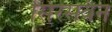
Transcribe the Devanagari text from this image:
सिरसवैन